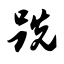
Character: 跣